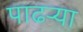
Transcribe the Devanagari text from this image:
पाढर्‍या